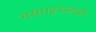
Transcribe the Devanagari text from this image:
गया।इस्लामी